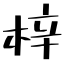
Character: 梓